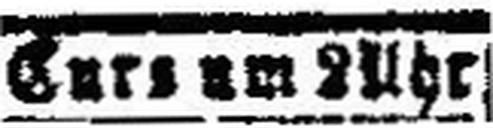
Curs um 2 Uhr